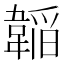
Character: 𮧲